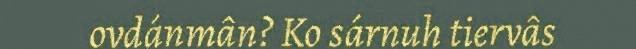
ovdánmân? Ko sárnuh tiervâs